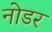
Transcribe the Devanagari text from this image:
नोडर